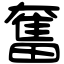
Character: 奮